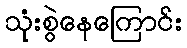
သုံးစွဲနေကြောင်း